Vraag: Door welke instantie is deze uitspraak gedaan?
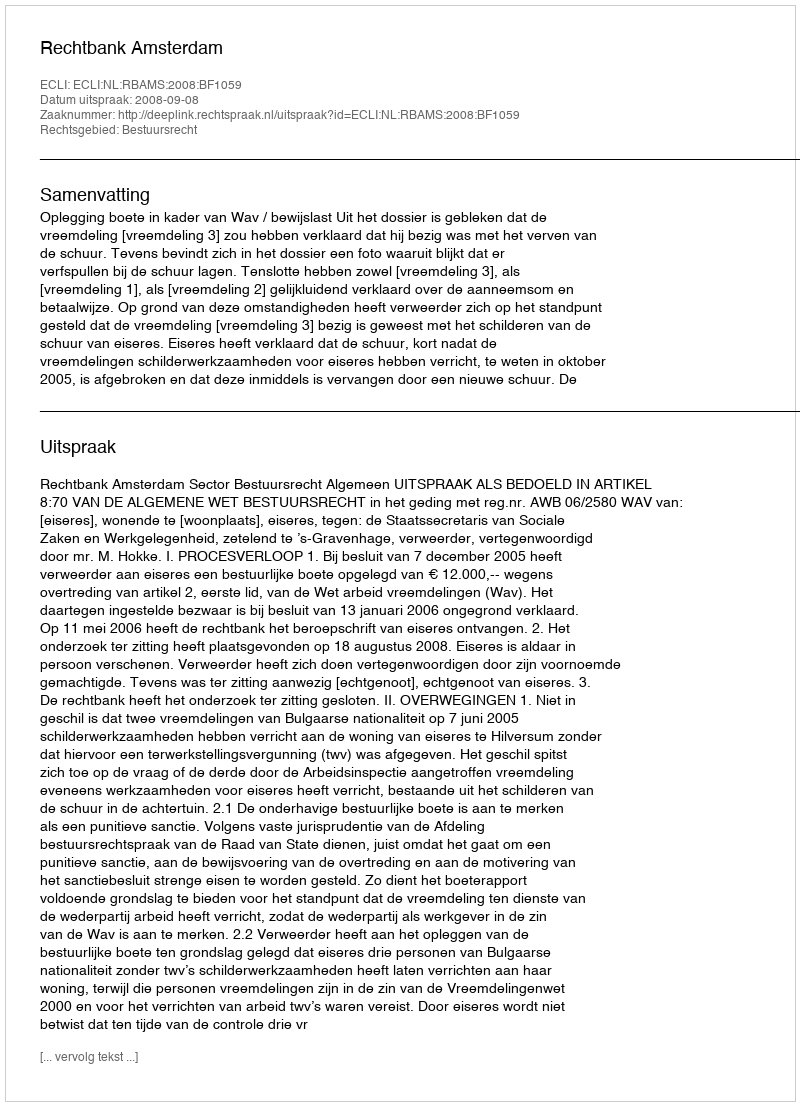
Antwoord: Rechtbank Amsterdam